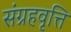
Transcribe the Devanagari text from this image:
संग्रहवृत्ति